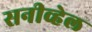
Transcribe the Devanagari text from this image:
सनीव्हेल